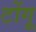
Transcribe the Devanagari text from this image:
टोंगू